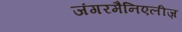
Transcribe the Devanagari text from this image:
जंगरमैनिएलीज़